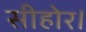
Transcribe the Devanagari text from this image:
सीहोर।